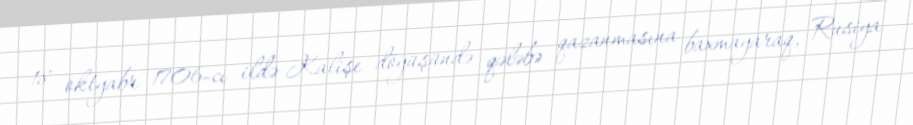
18 oktyabr 1706-cı ildə Kalişe döyüşündə qələbə qazanmasına baxmayaraq, Rusiya